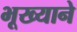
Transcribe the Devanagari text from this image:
भूख्याने